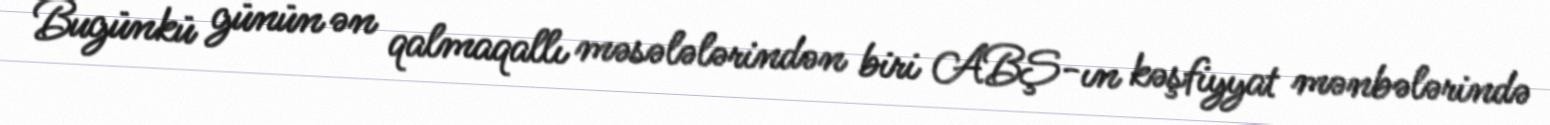
Bugünkü günün ən qalmaqallı məsələlərindən biri ABŞ-ın kəşfiyyat mənbələrində